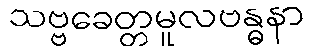
သဗ္ဗခေတ္တမူလဗန္ဓနာ